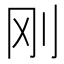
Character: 刚